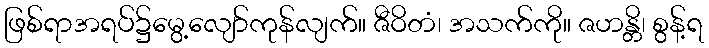
ဖြစ်ရာအရပ်၌မွေ့လျော်ကုန်လျက်။ ဇီဝိတံ၊ အသက်ကို။ ဇဟန္တိ၊ စွန့်ရ